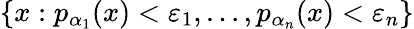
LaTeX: \left\{ x:p_{\alpha_{1}}(x)<\varepsilon_{1},\ldots,p_{\alpha_{n}}(x)<\varepsilon_{n}\right\}